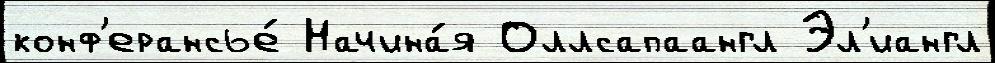
конф'ерансье́ Начина́я Оллсапаангл Эл'иангл